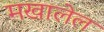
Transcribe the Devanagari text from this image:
मखालेल